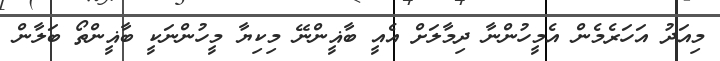
މިއަދު އަހަރެމެން އެމީހުންނާ ދިމާލަށް އެއީ ބާޣީންނޭ މިކިޔާ މީހުންނަކީ ބާޣީންތޯ ބަލާން